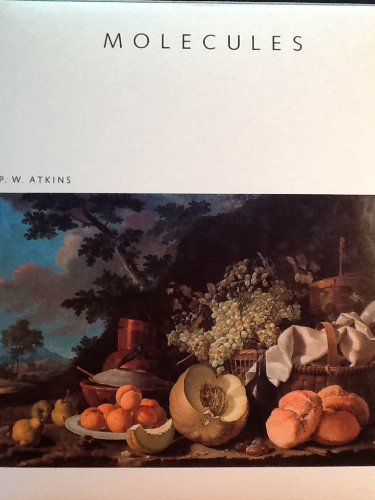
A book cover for Molecules (Scientific American Library); P. W. Atkins; Science & Math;